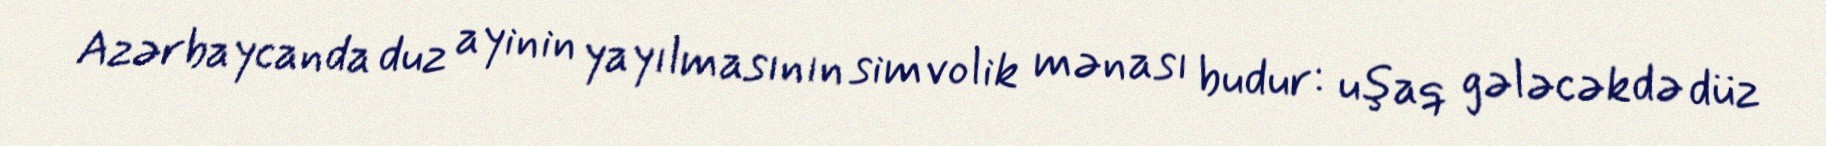
Azərbaycanda duz ayinin yayılmasının simvolik mənası budur: uşaq gələcəkdə düz